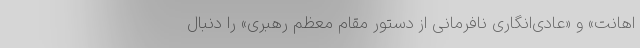
اهانت» و «عادی‌انگاری نافرمانی از دستور مقام معظم رهبری» را دنبال